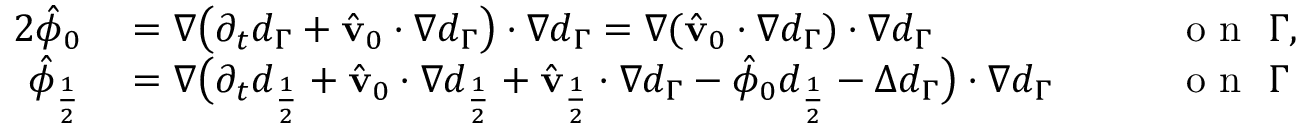
\begin{array} { r l r l } { { 2 } \hat { \phi } _ { 0 } } & { { } = \nabla \big ( \partial _ { t } d _ { \Gamma } + \hat { \mathbf { v } } _ { 0 } \cdot \nabla d _ { \Gamma } \big ) \cdot \nabla d _ { \Gamma } = \nabla ( \hat { \mathbf { v } } _ { 0 } \cdot \nabla d _ { \Gamma } ) \cdot \nabla d _ { \Gamma } } & { \quad } & { { } \mathrm { ~ o ~ n ~ } \ \Gamma , } \\ { \hat { \phi } _ { \frac { 1 } { 2 } } } & { { } = \nabla \big ( \partial _ { t } d _ { \frac { 1 } { 2 } } + \hat { \mathbf { v } } _ { 0 } \cdot \nabla d _ { \frac { 1 } { 2 } } + \hat { \mathbf { v } } _ { \frac { 1 } { 2 } } \cdot \nabla d _ { \Gamma } - \hat { \phi } _ { 0 } d _ { \frac { 1 } { 2 } } - \Delta d _ { \Gamma } \big ) \cdot \nabla d _ { \Gamma } } & { \quad } & { { } \mathrm { ~ o ~ n ~ } \ \Gamma } \end{array}